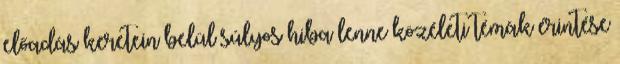
előadás keretein belül súlyos hiba lenne közéleti témák érintése